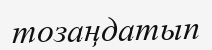
тозаңдатып